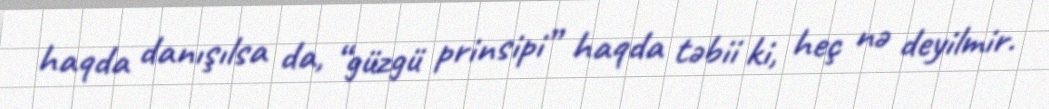
haqda danışılsa da, “güzgü prinsipi” haqda təbii ki, heç nə deyilmir.